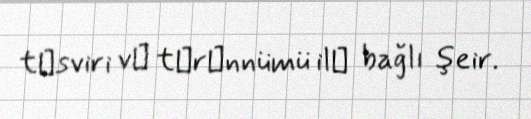
tәsviri vә tәrәnnümü ilә bağlı şeir.